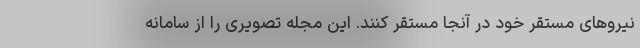
نیروهای مستقر خود در آنجا مستقر کنند. این مجله تصویری را از سامانه